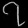
Digit: ၇